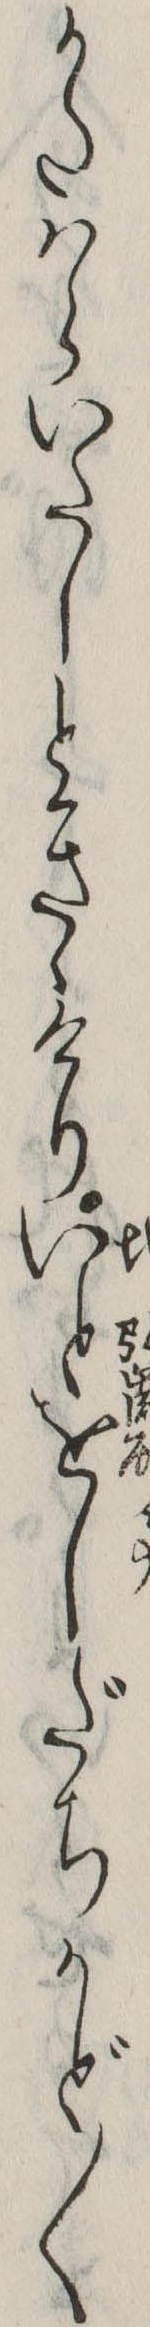
かたはらいたしときゝけりいとをしだちかど〱